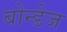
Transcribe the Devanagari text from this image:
बोन्डेज